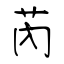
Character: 芮